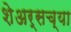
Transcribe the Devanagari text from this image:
शेअर्सच्या